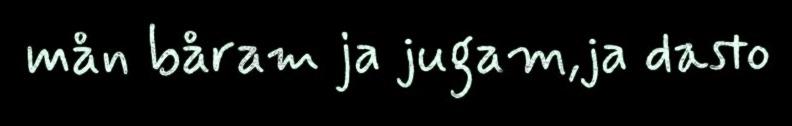
mån båram ja jugam,ja dasto